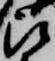
被